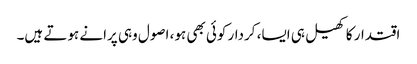
اقتدار کا کھیل ہی ایسا، کردار کوئی بھی ہو، اصول وہی پرانے ہوتے ہیں۔